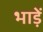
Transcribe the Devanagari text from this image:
भाड़ें